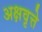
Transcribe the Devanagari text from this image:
अक्षवृत्ते